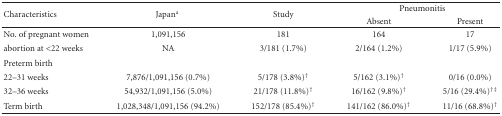
<table><thead><tr><td rowspan="2"><b>Characteristics</b></td><td rowspan="2"><b>Japan<sup>a</sup></b></td><td rowspan="2"><b>Study</b></td><td colspan="2"><b>Pneumonitis</b></td></tr><tr><td><b>Absent</b></td><td><b>Present</b></td></tr></thead><tbody><tr><td>No. of pregnant women</td><td>1,091,156</td><td>181</td><td>164</td><td>17</td></tr><tr><td>abortion at &lt;22 weeks</td><td>NA</td><td>3/181 (1.7%)</td><td>2/164 (1.2%)</td><td>1/17 (5.9%)</td></tr><tr><td>Preterm birth</td><td></td><td></td><td></td><td></td></tr><tr><td>22–31 weeks</td><td>7,876/1,091,156 (0.7%)</td><td>5/178 (3.8%)<sup>†</sup></td><td>5/162 (3.1%)<sup>†</sup></td><td>0/16 (0.0%)</td></tr><tr><td>32–36 weeks</td><td>54,932/1,091,156 (5.0%)</td><td>21/178 (11.8%)<sup>†</sup></td><td>16/162 (9.8%)<sup>†</sup></td><td>5/16 (29.4%)<sup>†‡</sup></td></tr><tr><td>Term birth</td><td>1,028,348/1,091,156 (94.2%)</td><td>152/178 (85.4%)<sup>†</sup></td><td>141/162 (86.0%)<sup>†</sup></td><td>11/16 (68.8%)<sup>†</sup></td></tr></tbody></table>